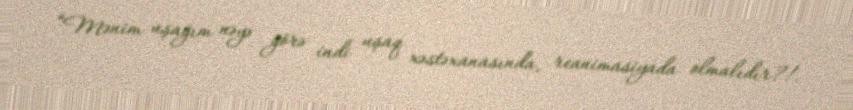
“Mənim uşağım nəyə görə indi uşaq xəstəxanasında, reanimasiyada olmalıdır?!.